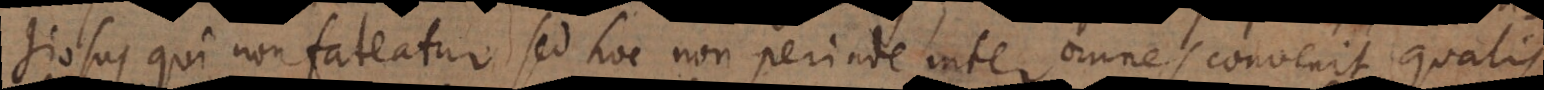
giosus qui non fateatur. Sed hoc non perinde inter omnes convenit qualis